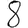
Digit: 8